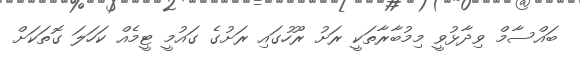
ބައްސާމް ވިދާޅުވީ މިމުބާރާތަކީ ރަށު ރޫހުގައި ރަށުގެ ގައުމީ ޓީމެއް ކަހަލަ ގޮތަކަށް